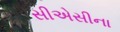
સીએસીના